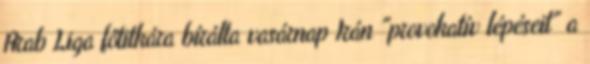
Arab Liga főtitkára bírálta vasárnap Irán "provokatív lépéseit" a